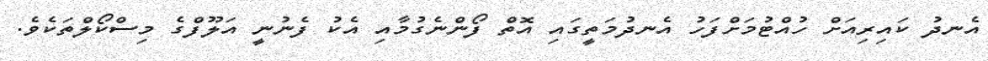
އެނދު ކައިރިއަށް ހުއްޓުމަށްފަހު އެނދުމަތީގައި އޮތް ފޯންނެގުމާއި އެކު ފެނުނީ އަލޫފްގެ މިސްކޯލްތަކެވެ.